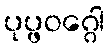
ပုပ္ဖဝဂ္ဂေါ